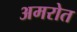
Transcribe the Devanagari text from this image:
अमरोत